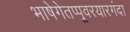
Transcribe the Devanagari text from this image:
भाषेगेतप्पूवरयारगंदा